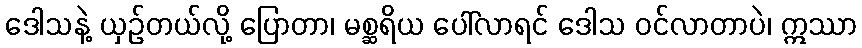
ဒေါသနဲ့ ယှဉ်တယ်လို့ ပြောတာ၊ မစ္ဆရိယ ပေါ်လာရင် ဒေါသ ဝင်လာတာပဲ၊ ဣဿာ